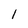
Character: 1